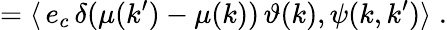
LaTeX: =\langle\, e_{c}\, \delta(\mu(k^{\prime})-\mu(k))\, \vartheta(k),\psi(k,k^{\prime})\rangle\; .